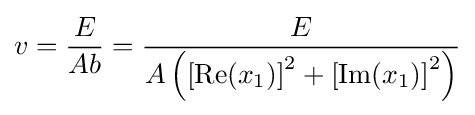
v={E \over Ab}={\frac {E}{A\left(\left[\operatorname {Re} (x_{1})\right]^{2}+\left[\operatorname {Im} (x_{1})\right]^{2}\right)}}